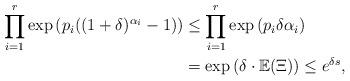
LaTeX: \begin{align*} \prod_{i=1}^r \exp \left( p_i ((1+\delta)^{ \alpha_i }-1) \right) & \leq \prod_{i=1}^r \exp \left( p_i \delta \alpha_i \right) \\& =\exp \left( \delta \cdot \mathbb{E}(\Xi ) \right) \leq e^{\delta s} ,\\ \end{align*}